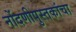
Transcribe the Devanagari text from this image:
नोंदणीपुस्तकांचा